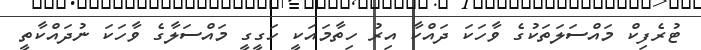
ޓުރެފިކް މައްސަލަތަކުގެ ވާހަކަ ދައްކާ އިރު ހިތާމައަކީ ހަގީގީ މައްސަލާގެ ވާހަކަ ނުދައްކާތީ